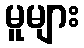
မူများ